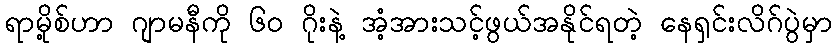
ရာမို့စ်ဟာ ဂျာမနီကို ၆၀ ဂိုးနဲ့ အံ့အားသင့်ဖွယ်အနိုင်ရတဲ့ နေရှင်းလိဂ်ပွဲမှာ